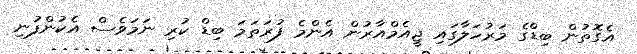
އެގޮތުން ބިޑްގެ މަރުހަލާގައި ޖީއެމްއާރުން އެންމެ ފުރަތަމަ ބިޑް ކުރި ނަމަވެސް އެކުންފުނި